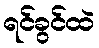
ရင်ခွင်ထဲ